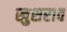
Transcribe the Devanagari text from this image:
खुसराव